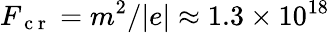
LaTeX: F_{\mathrm{~c~r~}}=m^{2}/|e|\approx 1.3\times 10^{18}